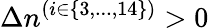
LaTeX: \Delta n^{(i\in\{ 3,...,14\} )}>0